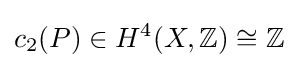
c_{2}(P)\in H^{4}(X,\mathbb {Z} )\cong \mathbb {Z}